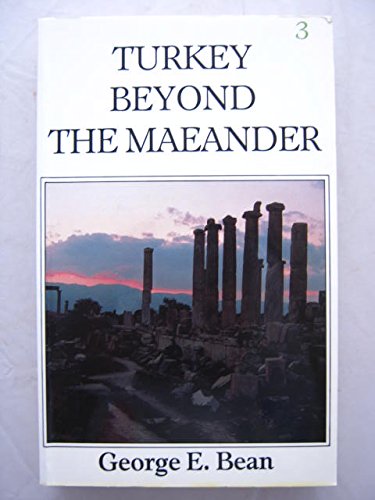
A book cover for Turkey Beyond the Maeander; George Ewart Bean; Travel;